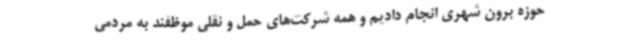
حوزه برون شهری انجام دادیم و همه شرکت‌های حمل و نقلی موظفند به مردمی